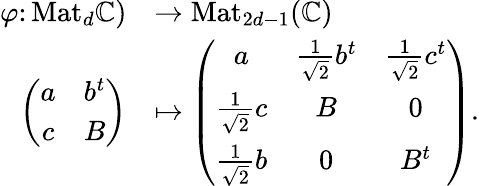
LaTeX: \begin{array}{rl}{\varphi\colon\mathrm{Mat}_{d}\mathbb C)}&{\to\mathrm{Mat}_{2d-1}(\mathbb C)}\\ {\left(\begin{array}{cc}{a}&{b^{t}}\\ {c}&{B}\end{array}\right)}&{\mapsto\left(\begin{array}{ccc}{a}&{\frac{1}{\sqrt{2}}b^{t}}&{\frac{1}{\sqrt{2}}c^{t}}\\ {\frac{1}{\sqrt{2}}c}&{B}&{0}\\ {\frac{1}{\sqrt{2}}b}&{0}&{B^{t}}\end{array}\right).}\end{array}